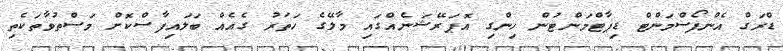
ޑްރަގް އެންފޯސްމަންޓް ޑިޕާޓްމަންޓުން ހިންގި އޮޕަރޭޝަނެއްގައި މާލޭގެ ހަތަރު ގެއެއް ބަލައިފާސްކޮށް މަސްތުވާތަކެތި